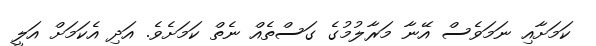
ކަމަށާއި ނަމަވެސް އޭނާ މަރާލުމުގެ ގަސްތެއް ނެތް ކަމަށެވެ. އަދި އެކަމަށް އަލީ